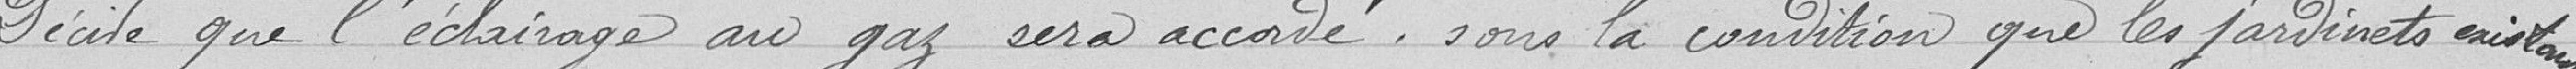
Décide que l'éclairage au gaz sera accordé, sous la condition que les jardinets existants